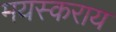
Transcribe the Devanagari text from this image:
मयस्कराय